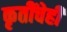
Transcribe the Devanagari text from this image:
कृतींचेही